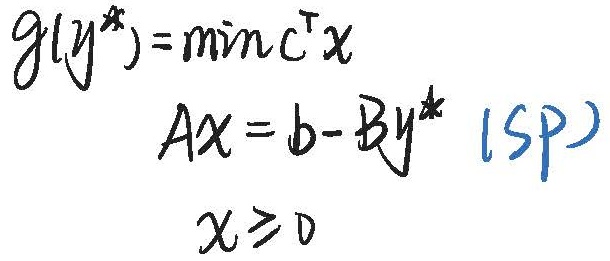
\[
\begin{align*}
g(y^*)&=\min c^{\mathrm{T}}x\\
Ax&=b - By^* \quad(SP)\\
x&\geq0
\end{align*}
\]